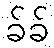
ခ်ခ်